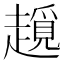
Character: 𧽨